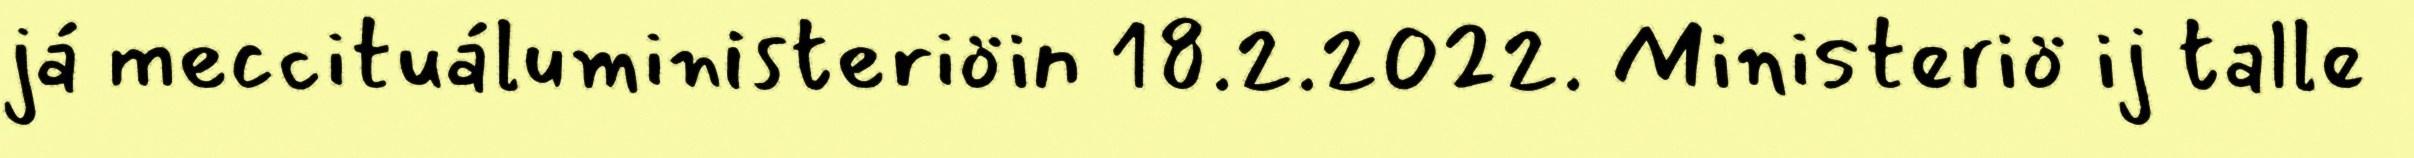
já meccituáluministeriöin 18.2.2022. Ministeriö ij talle